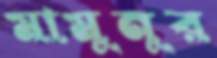
মামুনুর